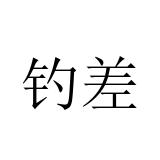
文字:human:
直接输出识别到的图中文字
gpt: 钓差